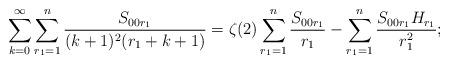
LaTeX: \begin{align*}\sum_{k=0}^{\infty}\sum_{r_1=1}^{n}\frac{S_{00r_1}}{(k+1)^{2}(r_1+k+1)}= \zeta(2)\sum_{r_1=1}^n\frac{S_{00r_1}}{r_1} -\sum_{r_1=1}^n\frac{S_{00r_1}H_{r_1}}{r_1^2};\end{align*}